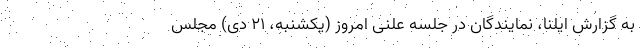
به گزارش ایلنا، نمایندگان در جلسه علنی امروز (یکشنبه، ۲۱ دی) مجلس